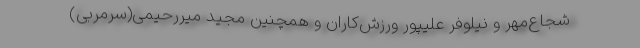
شجاع‌مهر و نیلوفر علیپور ورزش‌کاران و همچنین مجید میررحیمی(سرمربی)